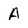
Character: A